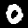
Digit: 0